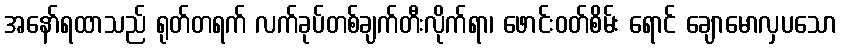
အနော်ရထာသည် ရုတ်တရက် လက်ခုပ်တစ်ချက်တီးလိုက်ရာ၊ ဖောင်းဝတ်စိမ်း ရောင် ချောမောလှပသော